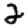
Digit: 2